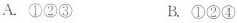
A.①②③ B.①②④